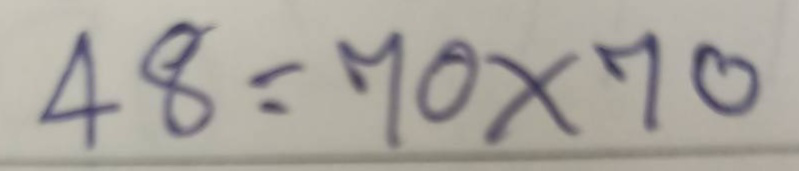
48 = 70x70